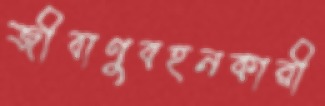
জীবাণুবহনকারী